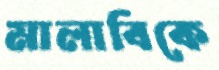
মালাবিকে